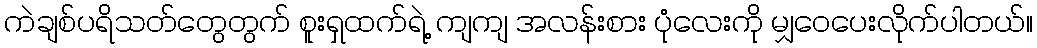
ကဲချစ်ပရိသတ်တွေတွက် စူးရှထက်ရဲ့ ကျကျ အလန်းစား ပုံလေးကို မျှဝေပေးလိုက်ပါတယ်။